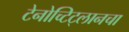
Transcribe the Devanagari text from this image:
टेनोच्टिट्लानचा